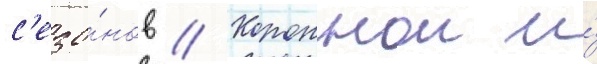
с'езо́нов // Короннои и́